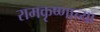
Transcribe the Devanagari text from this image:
रामकृष्णाच्या